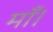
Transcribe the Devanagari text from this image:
माँ।